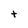
Character: t